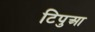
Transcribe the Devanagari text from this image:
टिपुआ